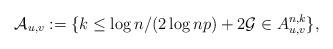
LaTeX: \begin{align*}\mathcal{A}_{u,v} := \{k \leq \log n /(2\log np) +2\mathcal{G} \in A_{u,v}^{n,k}\},\end{align*}